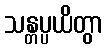
သန္တပ္ပယိတွာ